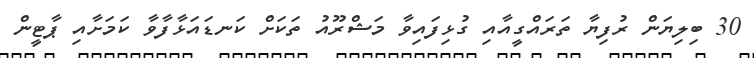
30 ބިލިޔަން ރުފިޔާ ތަރައްގީއާއި ގުޅިފައިވާ މަޝްރޫއު ތަކަށް ކަނޑައަޅާފާވާ ކަމަށާއި ޕާޓީން